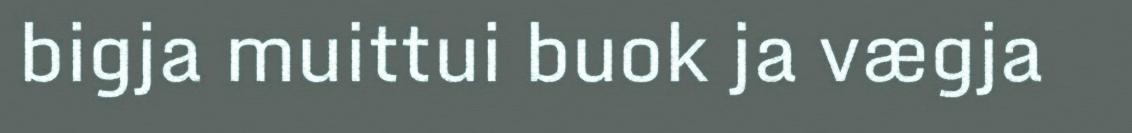
bigja muittui buok ja vægja